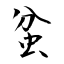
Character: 蚠